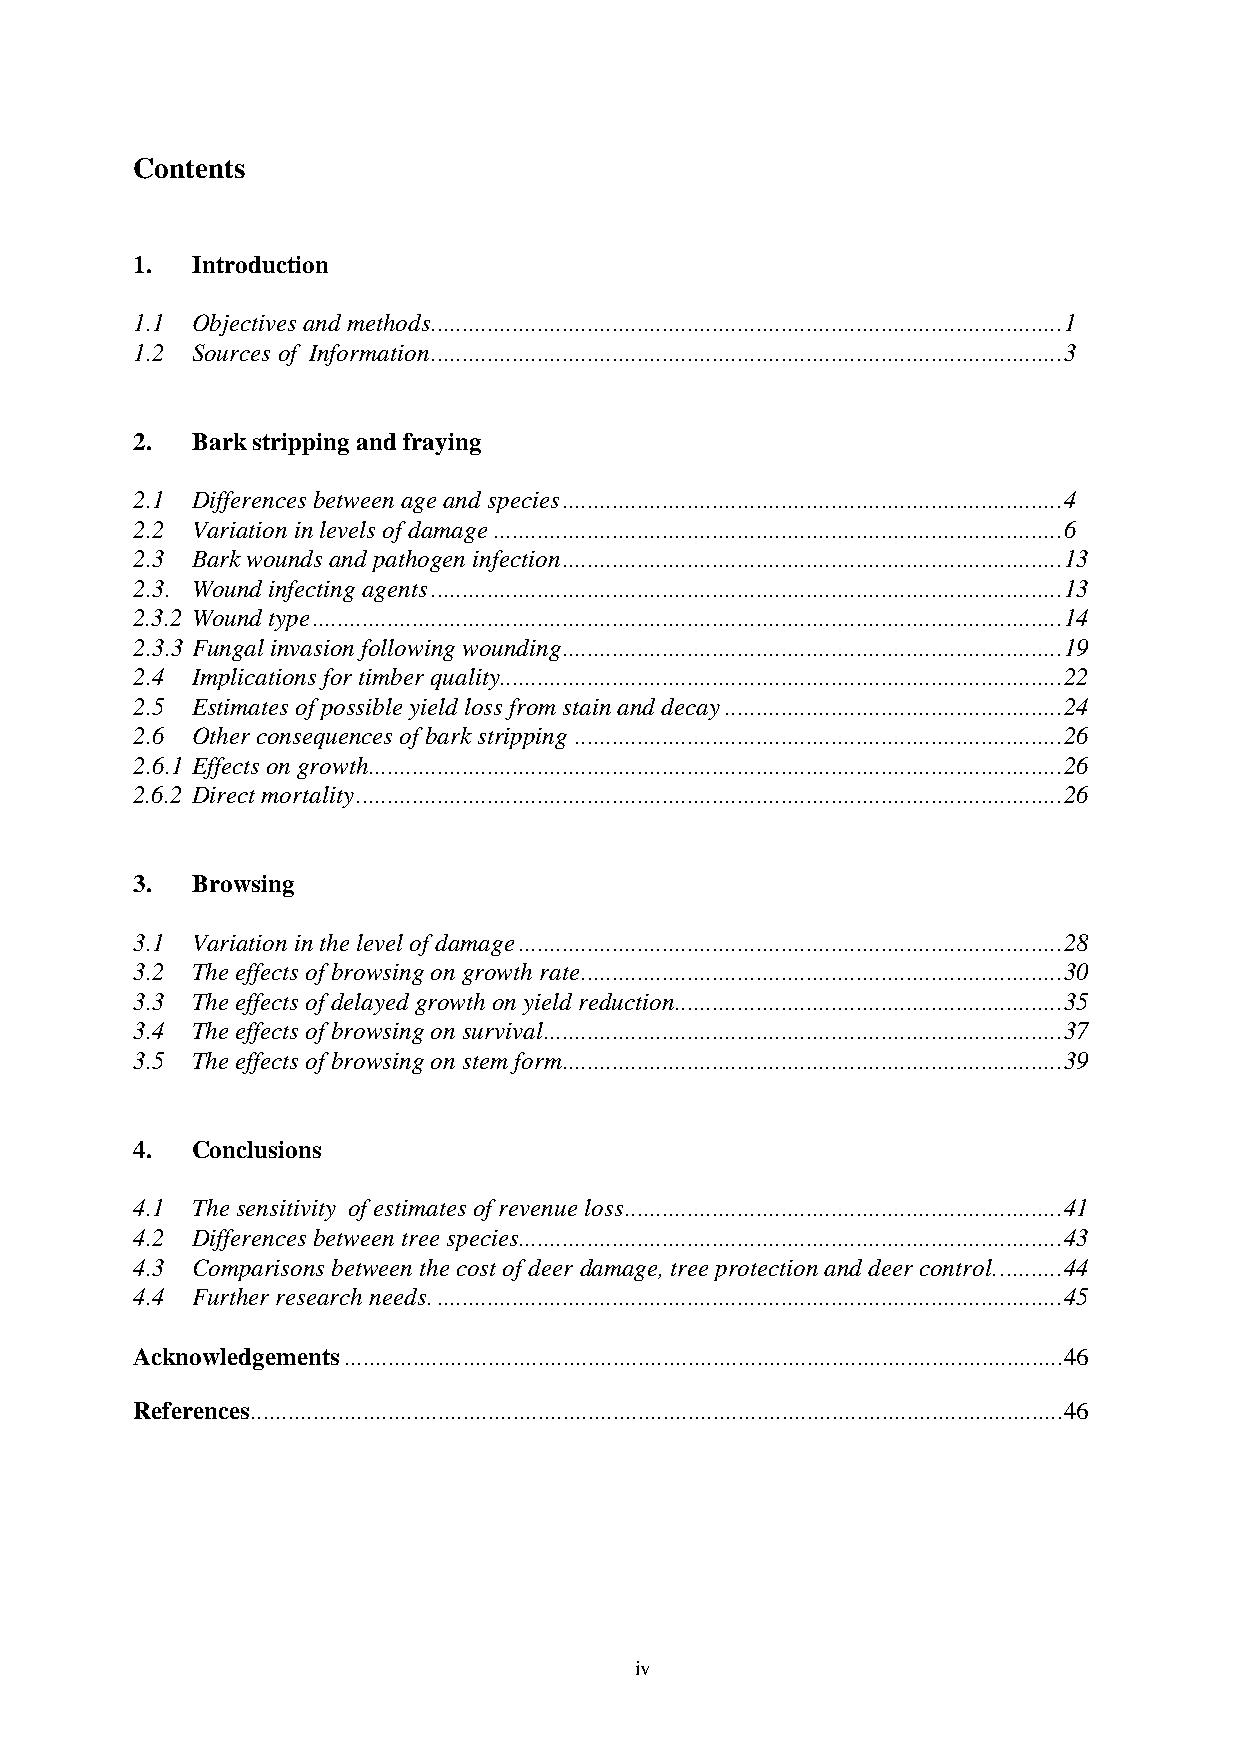
Contents
 1.  Introduction
 1.1 Objectives and methods.....................................................................................................1
 1.2 Sources of Information.....................................................................................................3
 2.  Bark stripping and fraying
 2.1 Differences between age and species................................................................................4
 2.2 Variation in levels of damage...........................................................................................6
 2.3 Bark wounds and pathogen infection................................................................................13
 2.3. Wound infecting agents.....................................................................................................13
 2.3.2 Wound type........................................................................................................................14
 2.3.3 Fungal invasion following wounding................................................................................19
 2.4 Implications for timber quality..........................................................................................22
 2.5 Estimates of possible yield loss from stain and decay......................................................24
 2.6 Other consequences of bark stripping ..............................................................................26
 2.6.1 Effects on growth...............................................................................................................26
 2.6.2 Direct mortality.................................................................................................................26
 3.  Browsing
 3.1 Variation in the level of damage.......................................................................................28
 3.2 The effects of browsing on growth rate.............................................................................30
 3.3 The effects of delayed growth on yield reduction..............................................................35
 3.4 The effects of browsing on survival...................................................................................37
 3.5 The effects of browsing on stem form................................................................................39
 4.  Conclusions
 4.1 The sensitivity of estimates of revenue loss......................................................................41
 4.2 Differences between tree species.......................................................................................43
 4.3 Comparisons between the cost of deer damage, tree protection and deer control...........44
 4.4 Further research needs.....................................................................................................45
 Acknowledgements...................................................................................................................46
 References..................................................................................................................................46
 iv